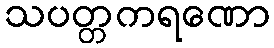
သပတ္တကရဏော